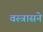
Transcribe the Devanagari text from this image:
वस्त्रासने